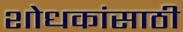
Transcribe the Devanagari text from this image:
शोधकांसाठी